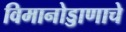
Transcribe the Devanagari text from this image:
विमानोड्डाणाचे